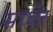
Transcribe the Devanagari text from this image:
साधेर